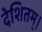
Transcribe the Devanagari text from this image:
देशितम्।